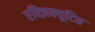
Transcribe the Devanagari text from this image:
एक्ज़िक्यूटिव